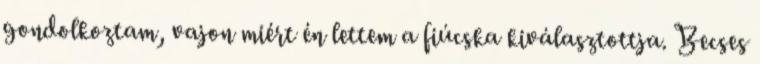
gondolkoztam, vajon miért én lettem a fiúcska kiválasztottja. Becses